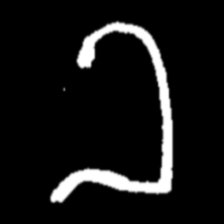
Pyu character \u2014 Myanmar letter: ခ (romanized: kha)